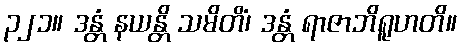
၃၂၁။ ဒန္တံ နယန္တိ သမိတိံ၊ ဒန္တံ ရာဇာဘိရူဟတိ။